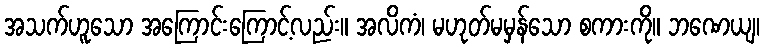
အသက်ဟူသော အကြောင်းကြောင့်လည်း။ အလိကံ၊ မဟုတ်မမှန်သော စကားကို။ ဘဏေယျ၊